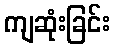
ကျဆုံးခြင်း